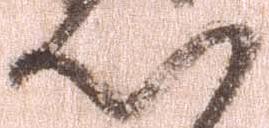
心